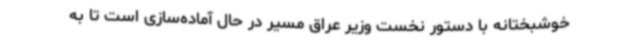
خوشبختانه با دستور نخست وزیر عراق مسیر در حال آماده‌سازی است تا به